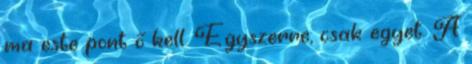
ma este pont ő kell. Egyszerre, csak egyet. A